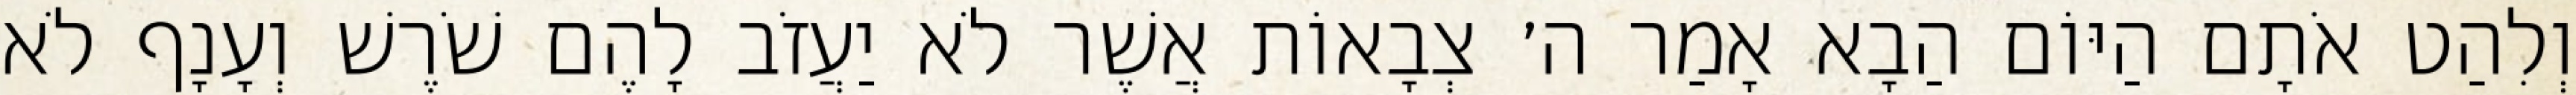
וְלִהַט אֹתָם הַיּוֹם הַבָא אָמַר ה׳ צְבָאוֹת אֲשֶׁר לֹא יַעֲזֹב לָהֶם שֹׁרֶשׁ וְעָנָף לֹא